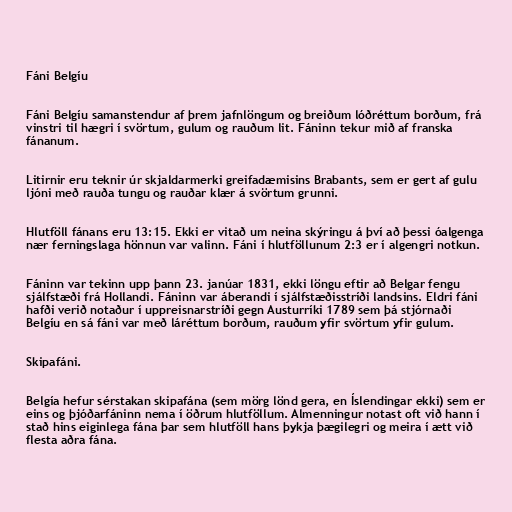
Fáni Belgíu

Fáni Belgíu samanstendur af þrem jafnlöngum og breiðum lóðréttum borðum, frá
vinstri til hægri í svörtum, gulum og rauðum lit. Fáninn tekur mið af franska
fánanum.

Litirnir eru teknir úr skjaldarmerki greifadæmisins Brabants, sem er gert af gulu
ljóni með rauða tungu og rauðar klær á svörtum grunni.

Hlutföll fánans eru 13:15. Ekki er vitað um neina skýringu á því að þessi óalgenga
nær ferningslaga hönnun var valinn. Fáni í hlutföllunum 2:3 er í algengri notkun.

Fáninn var tekinn upp þann 23. janúar 1831, ekki löngu eftir að Belgar fengu
sjálfstæði frá Hollandi. Fáninn var áberandi í sjálfstæðisstríði landsins. Eldri fáni
hafði verið notaður í uppreisnarstríði gegn Austurríki 1789 sem þá stjórnaði
Belgíu en sá fáni var með láréttum borðum, rauðum yfir svörtum yfir gulum.

Skipafáni.

Belgía hefur sérstakan skipafána (sem mörg lönd gera, en Íslendingar ekki) sem er
eins og þjóðarfáninn nema í öðrum hlutföllum. Almenningur notast oft við hann í
stað hins eiginlega fána þar sem hlutföll hans þykja þægilegri og meira í ætt við
flesta aðra fána.